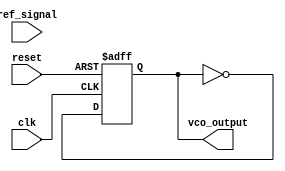
module sigma_delta_pll (
    input wire clk,                // System clock
    input wire reset,              // Reset signal
    input wire ref_signal,         // Reference signal input
    output wire vco_output         // Output of the VCO
);

    // Parameters
    parameter SD_ORDER = 1;        // Order of the sigma-delta modulator
    parameter VCO_MAX_FREQ = 100;  // Maximum frequency of VCO
    parameter VCO_MIN_FREQ = 10;    // Minimum frequency of VCO
    parameter LOOP_FILTER_GAIN = 1; // Gain of the loop filter

    // Internal signals
    reg [15:0] phase_error;        // Phase error signal
    reg [15:0] control_voltage;     // Control voltage for VCO
    reg [15:0] vco_frequency;       // Frequency output from VCO
    reg vco_output_reg;             // VCO output register

    // Sigma-Delta Modulator
    reg [15:0] integrator;
    reg quantized_output;

    always @(posedge clk or posedge reset) begin
        if (reset) begin
            integrator <= 0;
            quantized_output <= 0;
        end else begin
            // Integrate phase error
            integrator <= integrator + phase_error;

            // Quantization (1-bit output)
            if (integrator > 0) begin
                quantized_output <= 1;
            end else begin
                quantized_output <= 0;
            end
        end
    end

    // Loop Filter (Simple first-order filter)
    always @(posedge clk or posedge reset) begin
        if (reset) begin
            control_voltage <= 0;
        end else begin
            control_voltage <= control_voltage + (quantized_output - control_voltage) * LOOP_FILTER_GAIN;
        end
    end

    // Voltage-Controlled Oscillator (VCO)
    always @(posedge clk or posedge reset) begin
        if (reset) begin
            vco_frequency <= VCO_MIN_FREQ;
            vco_output_reg <= 0;
        end else begin
            // Control frequency based on control voltage
            vco_frequency <= VCO_MIN_FREQ + (control_voltage * (VCO_MAX_FREQ - VCO_MIN_FREQ) / 65535);
            // Generate output signal (simple toggle for demonstration)
            vco_output_reg <= ~vco_output_reg;
        end
    end

    // Phase Detector (Simple phase comparison)
    always @(posedge clk or posedge reset) begin
        if (reset) begin
            phase_error <= 0;
        end else begin
            // Compare reference signal with VCO output (simple XOR for demonstration)
            phase_error <= (ref_signal ^ vco_output_reg) ? 1 : -1; // Phase error signal
        end
    end

    assign vco_output = vco_output_reg;

endmodule